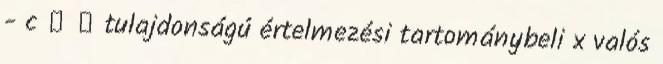
- c δ ε tulajdonságú értelmezési tartománybeli x valós